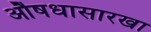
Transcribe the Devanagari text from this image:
औषधासारखा